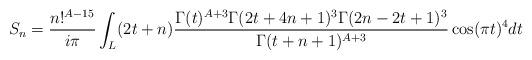
LaTeX: \begin{align*}S_n=\frac{n!^{A-15}}{i\pi}\int_L (2t+n)\frac{\Gamma(t)^{A+3}\Gamma(2t+4n+1)^3\Gamma(2n-2t+1)^3}{\Gamma(t+n+1)^{A+3}}\cos(\pi t)^4dt\end{align*}